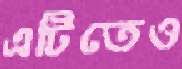
এটিতেও